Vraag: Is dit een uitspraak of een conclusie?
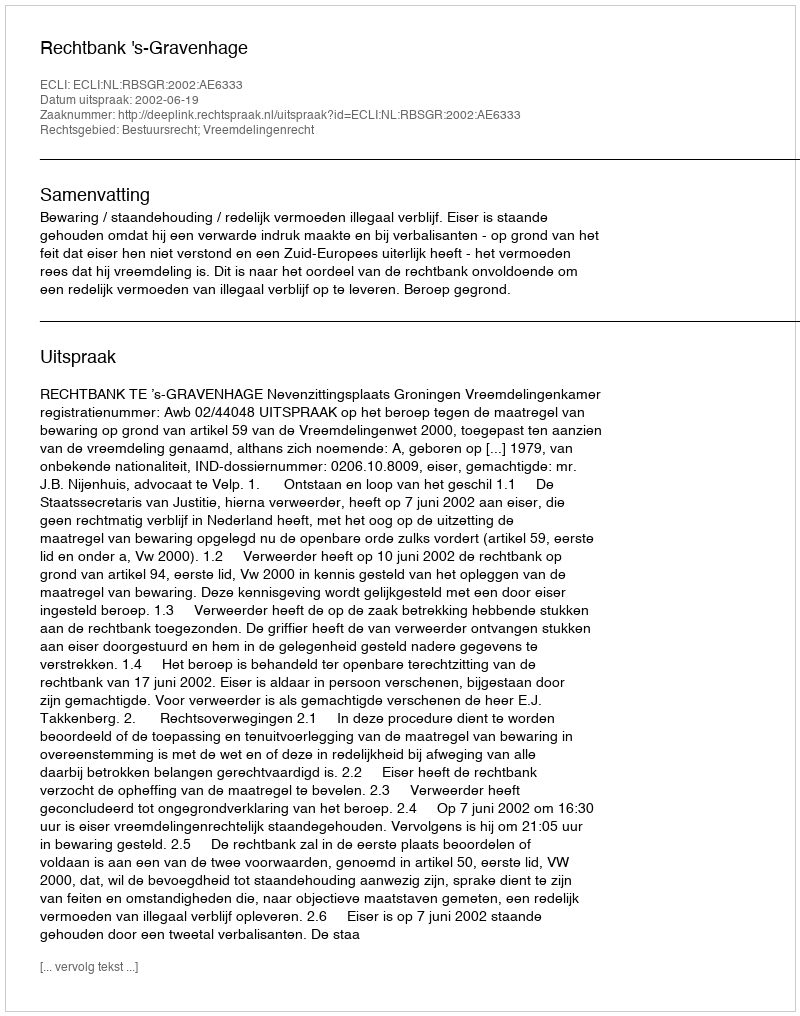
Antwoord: Uitspraak